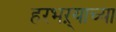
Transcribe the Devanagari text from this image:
हरभऱ्याच्या